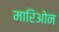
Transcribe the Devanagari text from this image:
मारिओन